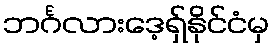
ဘင်္ဂလားဒေ့ရှ်နိုင်ငံမှ